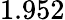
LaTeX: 1.952